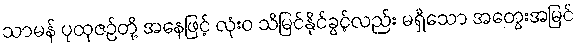
သာမန် ပုထုဇဉ်တို့ အနေဖြင့် လုံးဝ သိမြင်နိုင်ခွင့်လည်း မရှိသော အတွေးအမြင်